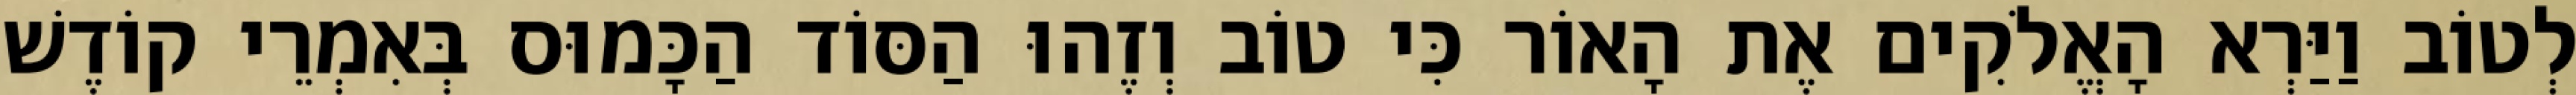
לְטוֹב וַיַּרְא הָאֱלֹקִים אֶת הָאוֹר כִּי טוֹב וְזֶהוּ הַסּוֹד הַכָּמוּס בְּאִמְרֵי קוֹדֶשׁ